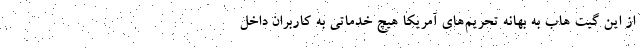
از این گیت هاب به بهانه تحریم‌های آمریکا هیچ خدماتی به کاربران داخل